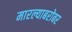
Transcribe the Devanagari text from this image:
मारल्याबरोबर